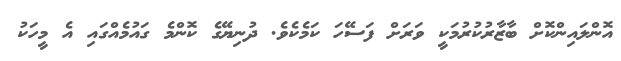
އޮންލައިންކޮށް ބާޒާރުކުރުމަކީ ވަރަށް ފަސޭހަ ކަމެކެވެ. ދުނިޔޭގެ ކޮންމެ ގައުމެއްގައި އެ މީހަކު